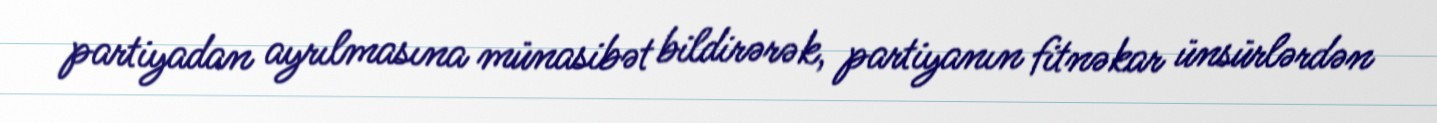
partiyadan ayrılmasına münasibət bildirərək, partiyanın fitnəkar ünsürlərdən